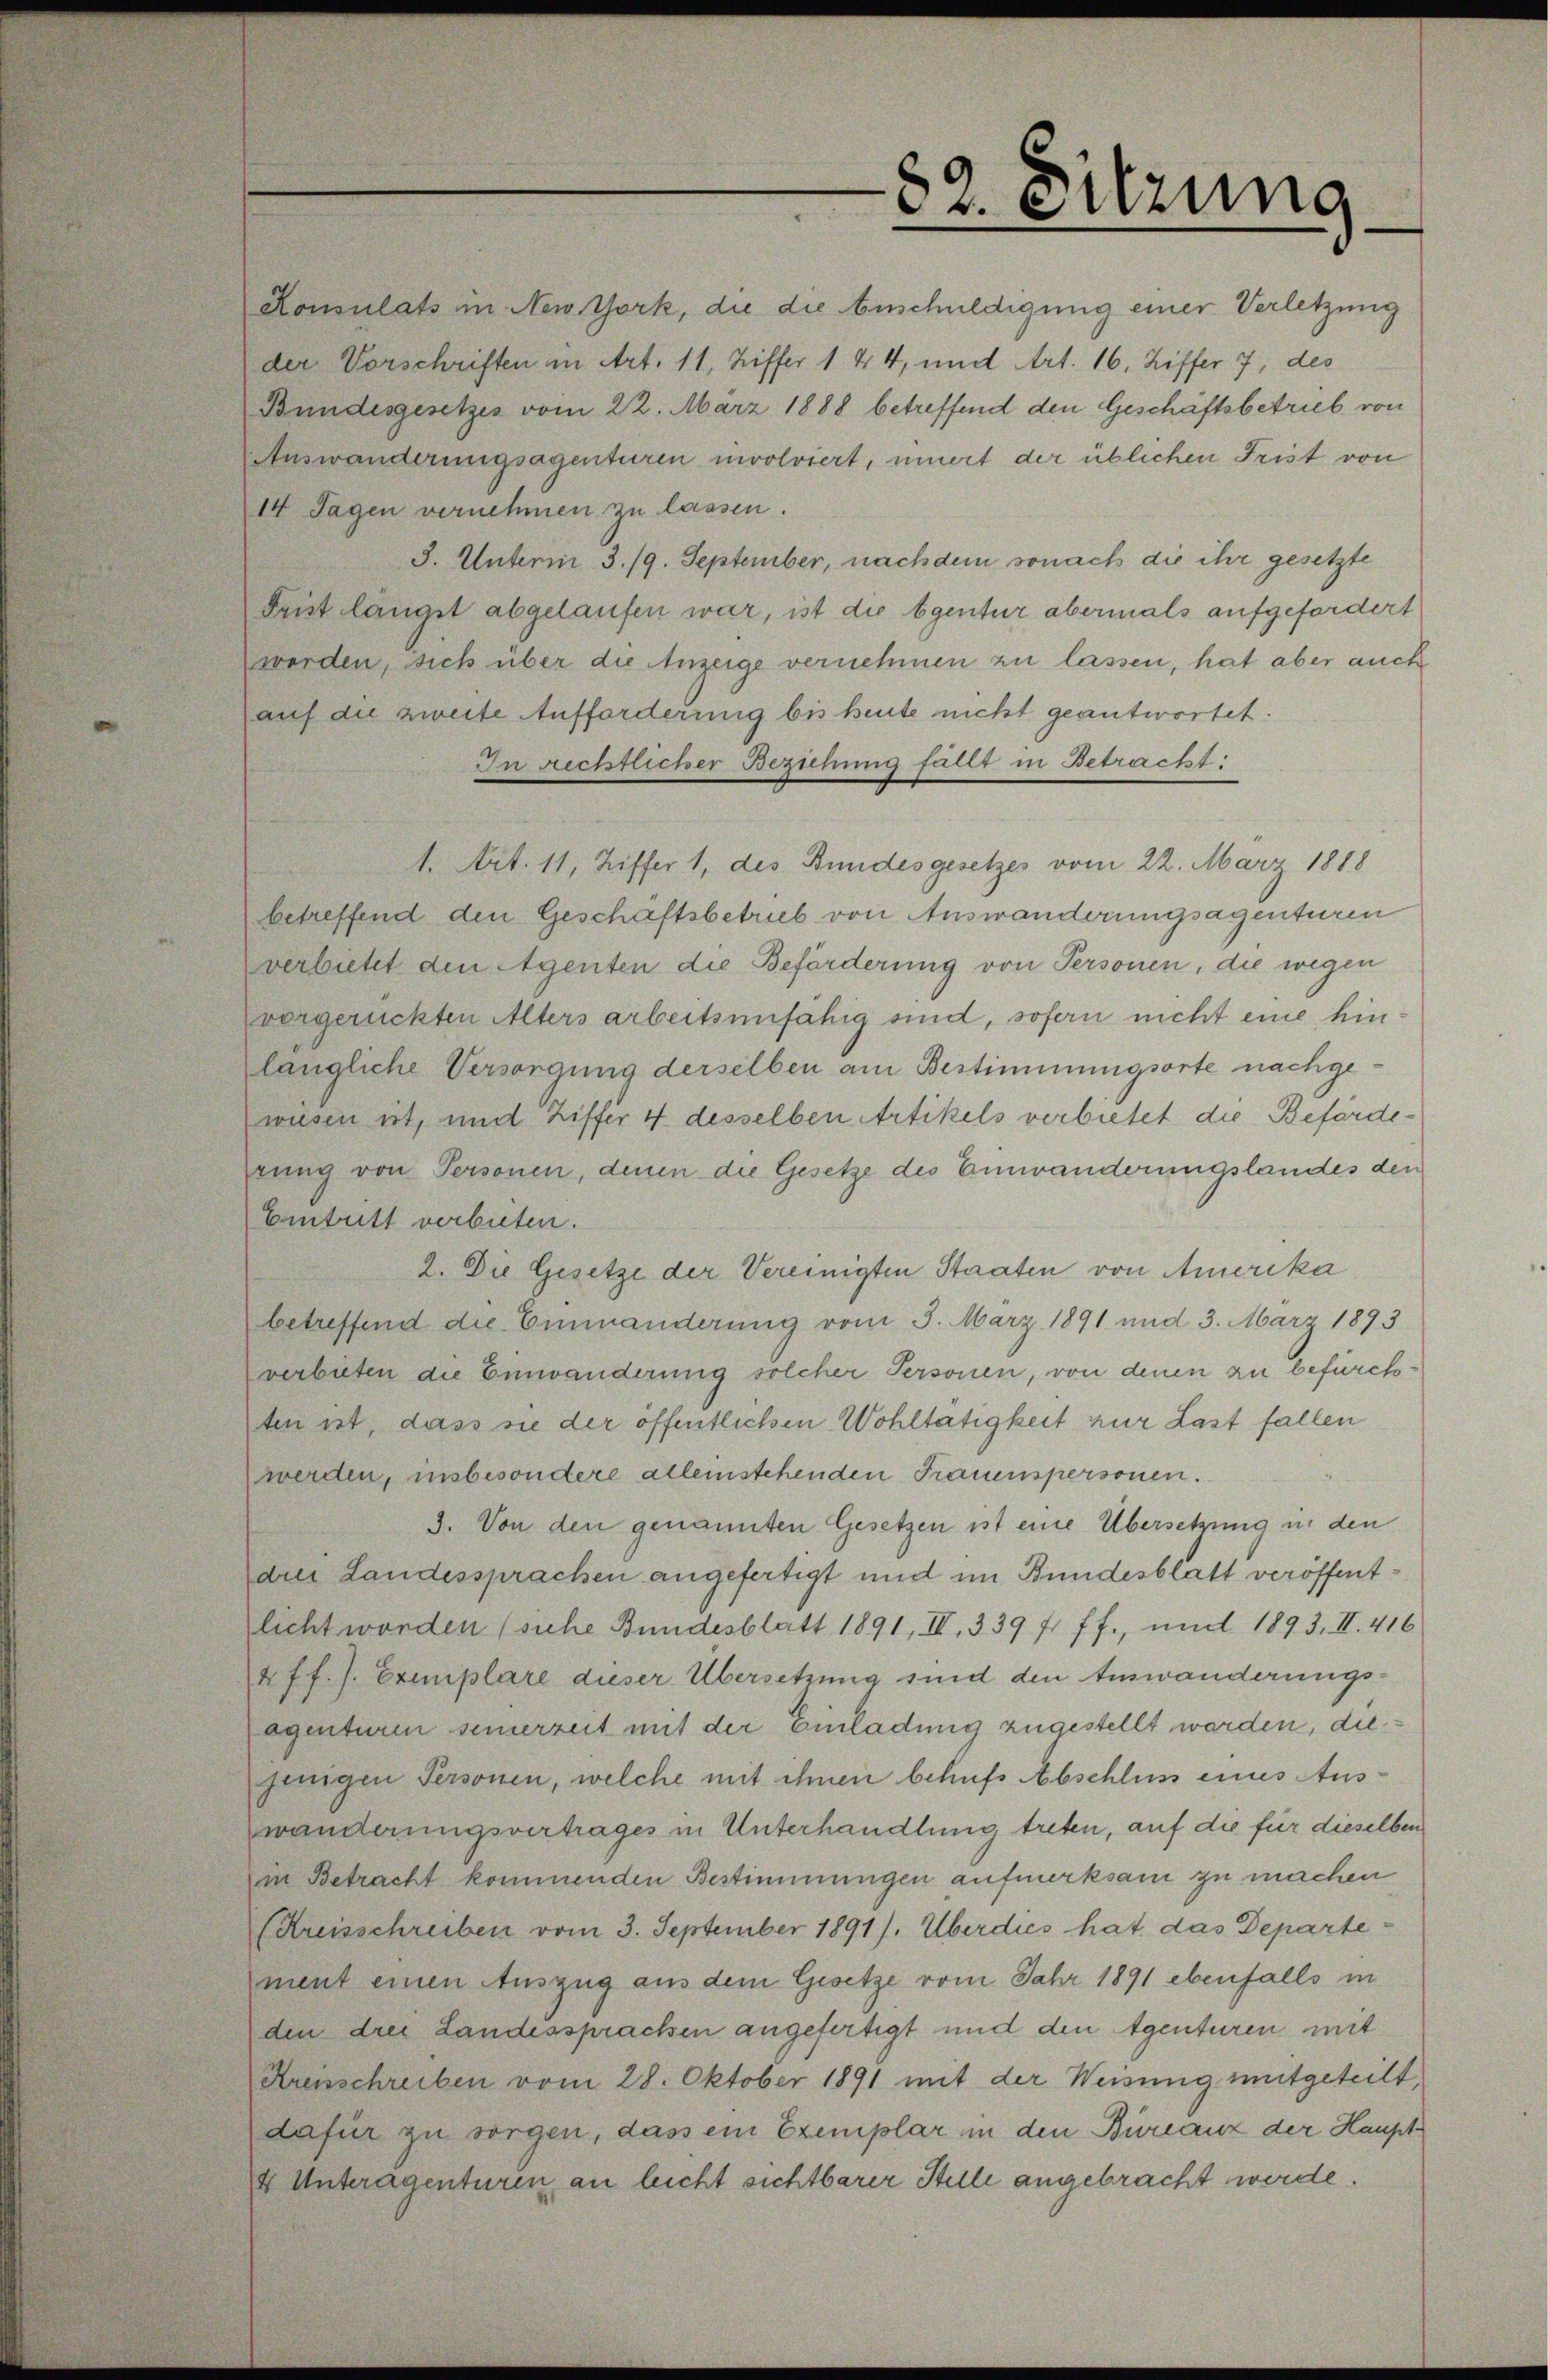
Bundesgesetzes vom 22. März 1888 betreffend den Geschäftsbetrieb von
Auswanderungsagenturen unvolviert, innert der üblichen Frist von
14 Tagen vernehmen zu lassen.
3. Unterm 3. 19. September, nachdem sonach die ihr gesetzte
Frist längst abgelaufen war, ist die Agentur abermals aufgefordert
werden, sich über die Anzeige vernehmen zu lassen, hat aber auch
auf die zweite Aufforderung bis heute nicht geantwortet.
In Rechtlicher Beziehung fällt in Betracht:
1. Art. 11, Ziffer 1, des Bundesgesetzes vom 22. März 1818
betreffend den Geschäftsbetrieb von Auswanderungsagenturen
verbietet den Agenten die Beförderung von Personen, die wegen
vorgerückten Alters arbeitsunfähig sind, sofern nicht eine hin
längliche Versorgung derselben am Bestimmungsorte nachgewiesen ist, und Ziffer 4 desselben Artikels verbietet die Beförderung von Personen, denen die Gesetze des Einwanderungslandes den
Eintritt verbieten.
2. Die Gesetze der Vereinigten Staaten von Amerika
betreffend die Emmanderung vom 3. März 1891 und 3. März 1893
verbieten die Einwanderung solcher Personen, von denen zu befürchten ist, dass sie der öffentlichen Wohltätigkeit zur Last fallen
werden, insbesondere alleinstehenden Frauenspersonen.
3. Von den genannten Gesetzen ist eine Übersetzung in den
dres Landessprachen angefertigt und im Bundesblatt veröffentlicht worden (siche Bundesblatt 1891, IV, 339 f. ff., und 1893, III. 416
4 ff. J. Exemplare dieser Übersetzung sind den Auswanderungsegenturen seinerzeit mit der Einladung zugestellt worden, diejinigen Personen, welche mit ihnen behufs Abschluss eines Auswanderungsvertrages in Unterhandlung treten, auf die für dieselben
in Betracht kommenden Bestimmungen aufmerksam zu machen
(Kreisschreiben vom 3. September 1891/. Überdies hat das Departement einen Auszug aus dem Gesetze vom Jahr 1891 ebenfalls in
den drei Landesspracken angefertigt und den Agenturen mit
Arenschreiben vom 28. Oktober 1891 mit der Weisung mitgeteilt,
dafür zu sorgen, dass ein Exemplar in den Bureauz der Haupt
& Unteragenturen an leicht sichtbarer Stelle angebracht werde.

Konsulats in New York, die die Anschuldigung einer Verletzung
der Vorschriften in Art. 11, Ziffer 1 44, und Art. 16, Ziffer 7, des

82. Sitzung